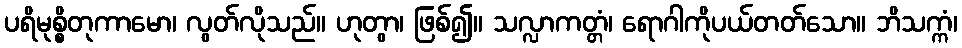
ပရိမုစ္စိတုကာမော၊ လွတ်လိုသည်။ ဟုတွာ၊ ဖြစ်၍။ သလ္လာကတ္တံ၊ ရောဂါကိုပယ်တတ်သော။ ဘိသက္ကံ၊